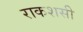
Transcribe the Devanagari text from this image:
राकशसी